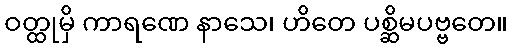
ဝတ္ထုမှိ ကာရဏေ နာသေ၊ ဟိတေ ပစ္ဆိမပဗ္ဗတေ။